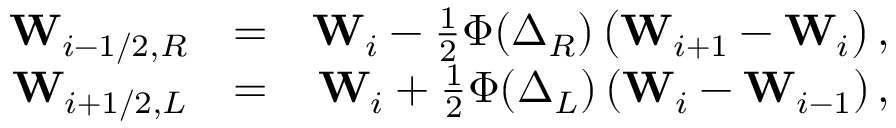
\begin{array} { r l r } { \mathbf { W } _ { i - 1 / 2 , R } } & { = } & { \mathbf { W } _ { i } - \frac { 1 } { 2 } \Phi ( \boldsymbol \Delta _ { R } ) \left( \mathbf { W } _ { i + 1 } - \mathbf { W } _ { i } \right) , } \\ { \mathbf { W } _ { i + 1 / 2 , L } } & { = } & { \mathbf { W } _ { i } + \frac { 1 } { 2 } \Phi ( \boldsymbol \Delta _ { L } ) \left( \mathbf { W } _ { i } - \mathbf { W } _ { i - 1 } \right) , } \end{array}